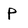
Character: p